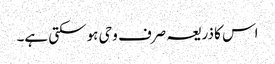
اس کا ذریعہ صرف وحی ہو سکتی ہے۔